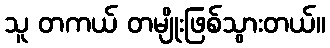
သူ တကယ် တမျိုးဖြစ်သွားတယ်။